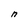
Character: n